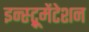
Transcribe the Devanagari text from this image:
इन्स्ट्रूमेंटेशन